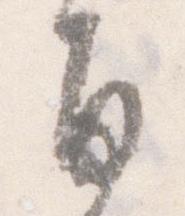
旨